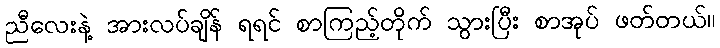
ညီလေးနဲ့ အားလပ်ချိန် ရရင် စာကြည့်တိုက် သွားပြီး စာအုပ် ဖတ်တယ်။